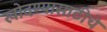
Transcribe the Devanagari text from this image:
खोदण्यासाठीचे